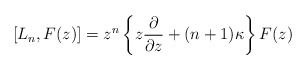
\begin{align*}[L_n, F(z)] =z^n \left\{ z \frac{\partial}{\partial z} + (n+1)\kappa\right\} F(z)\end{align*}